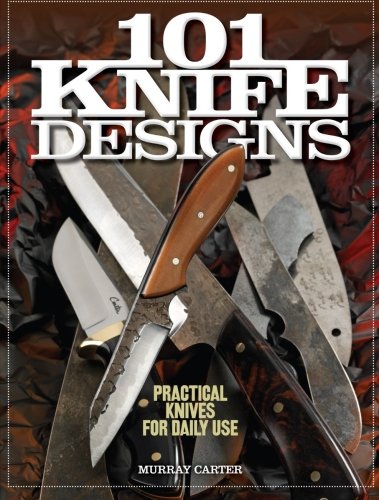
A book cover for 101 Knife Designs: Practical Knives for Daily Use; Murray Carter; Crafts, Hobbies & Home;